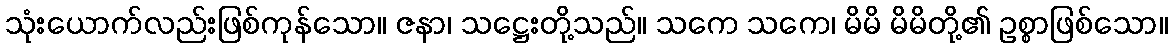
သုံးယောက်လည်းဖြစ်ကုန်သော။ ဇနာ၊ သဋ္ဌေးတို့သည်။ သကေ သကေ၊ မိမိ မိမိတို့၏ ဥစ္စာဖြစ်သော။